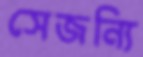
সেজন্যি